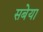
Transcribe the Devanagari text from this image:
सबेया